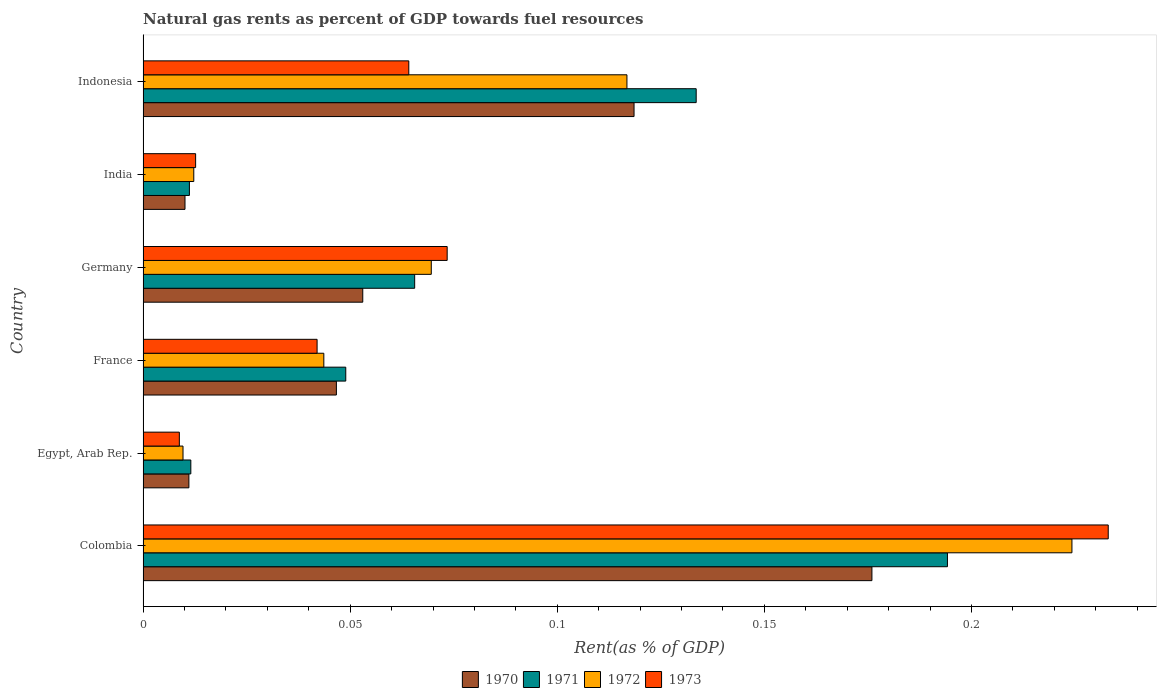
| Country | 1970 | 1971 | 1972 | 1973 |
 | --- | --- | --- | --- | --- |
 | Colombia | 0.176 | 0.194 | 0.224 | 0.233 |
 | Egypt, Arab Rep. | 0.0111 | 0.0115 | 0.00964 | 0.00876 |
 | France | 0.0467 | 0.0489 | 0.0436 | 0.042 |
 | Germany | 0.053 | 0.0656 | 0.0696 | 0.0734 |
 | India | 0.0101 | 0.0112 | 0.0122 | 0.0127 |
 | Indonesia | 0.119 | 0.134 | 0.117 | 0.0642 |